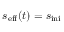
s _ { \mathrm { e f f } } ( t ) = s _ { \mathrm { i n i } }